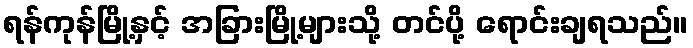
ရန်ကုန်မြို့နှင့် အခြားမြို့များသို့ တင်ပို့ ရောင်းချရသည်။